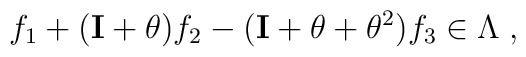
f_1+({\bf I}+\theta)f_2 -({\bf I} +\theta +\theta^2 )f_3 \in \Lambda \;,